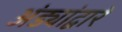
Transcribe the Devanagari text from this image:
अंड्यांद्वारे